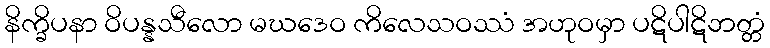
နိက္ခိပနာ ဝိပန္နသီလော မဃဒေဝ ကိလေသဝဿံ အဟုဝမှာ ပဋိပါဋိဘတ္တံ